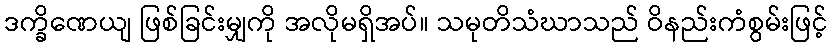
ဒက္ခိဏေယျ ဖြစ်ခြင်းမျှကို အလိုမရှိအပ်။ သမုတိသံဃာသည် ဝိနည်းကံစွမ်းဖြင့်